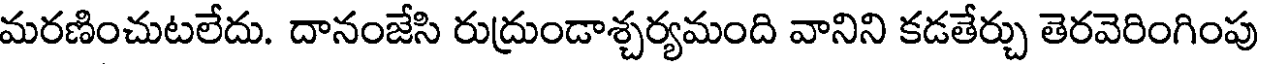
మరణించుటలేదు. దానంజేసి రుద్రుండాశ్చర్యమంది వానిని కడతేర్చు తెరవెరింగింపు